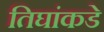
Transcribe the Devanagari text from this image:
तिघांकडे